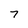
Character: 7